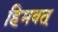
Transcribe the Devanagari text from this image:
हिमवत्